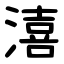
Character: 㵙